Report of the Indian Hemp Drugs Commission, 1894-1895 - Volume IV
Year: 1894
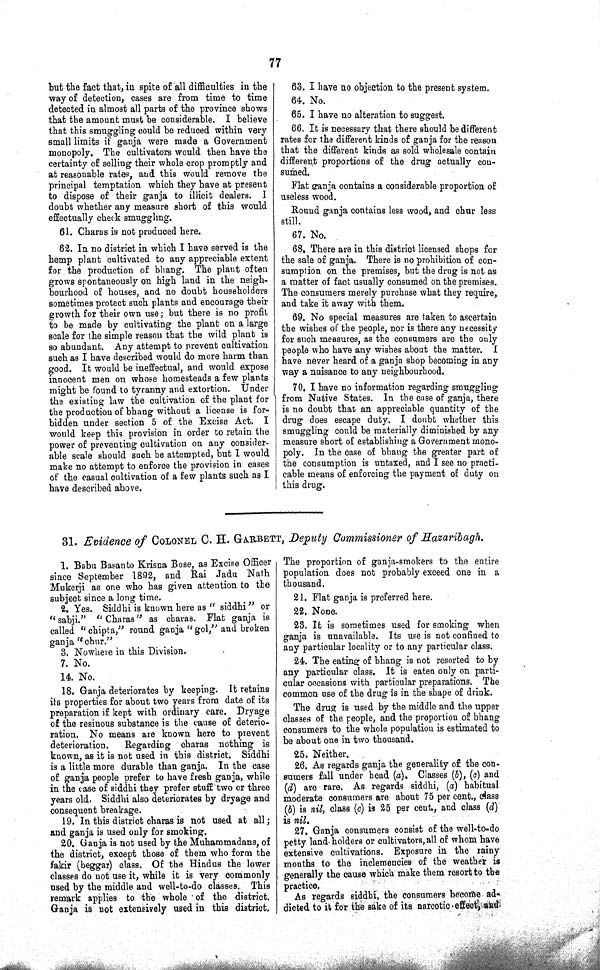
77
but the fact that, in spite of all difficulties in the
way of detection, cases are from time to time
detected in almost all parts of the province shows
that the amount must be considerable. I believe
that this smuggling could be reduced within very
small limits if ganja were made a Government
monopoly. The cultivators would then have the
certainty of selling their whole crop promptly and
at reasonable rates, and this would remove the
principal temptation which they have at present
to dispose of their ganja to illicit dealers. I
doubt whether any measure short of this would
effectually check smuggling.
61. Charas is not produced here.
62. In no district in which I have served is the
hemp plant cultivated to any appreciable extent
for the production of bhang. The plant often
grows spontaneously on high land in the neigh¬
bourhood of houses, and no doubt householders
sometimes protect such plants and encourage their
growth for their own use; but there is no profit
to be made by cultivating the plant on a large
scale for the simple reason that the wild plant is
so abundant. Any attempt to prevent cultivation
such as I have described would do more harm than
good. It would be ineffectual, and would expose
innocent men on whose homesteads a few plants
might be found to tyranny and extortion. Under
the existing law the cultivation of the plant for
the production of bhang without a license is for¬
bidden under section 5 of the Excise Act. I
would keep this provision in order to retain the
power of preventing cultivation on any consider¬
able scale should such be attempted, but I would
make no attempt to enforce the provision in cases
of the casual cultivation of a few plants such as I
have described above.
63. I have no objection to the present system.
64. No.
65. I have no alteration to suggest.
66. It is necessary that there should be different
rates for the different kinds of ganja for the reason
that the different kinds as sold wholesale contain
different proportions of the drug actually con¬
sumed.
Flat ganja contains a considerable proportion of
useless wood.
Round ganja contains less wood, and chur less
still.
67. No.
68. There are in this district licensed shops for
the sale of ganja. There is no prohibition of con¬
sumption on the premises, but the drug is not as
a matter of fact usually consumed on the premises.
The consumers merely purchase what they require,
and take it away with them.
69. No special measures are taken to ascertain
the wishes of the people, nor is there any necessity
for such measures, as the consumers are the only
people who have any wishes about the matter. I
have never heard of a ganja shop becoming in any
way a nuisance to any neighbourhood.
70. I have no information regarding smuggling
from Native States. In the case of ganja, there
is no doubt that an appreciable quantity of the
drug does escape duty. I doubt whether this
smuggling could be materially diminished by any
measure short of establishing a Government mono-
poly. In the case of bhang the greater part of
the consumption is untaxed, and I see no practi¬
cable means of enforcing the payment of duty on
this drug.
31. Evidence of COLONEL C. H. GARBETT, Deputy Commissioner of Hazaribagh.
1. Babu Basanto Krisna Bose, as Excise Officer
since September 1892, and Rai Jadu Nath
Mukerji as one who has given attention to the
subject since a long time.
2. Yes. Siddhi is known here as "siddhi" or
"sabji." "Charas" as charas. Flat ganja is
called "chipta," round ganja "gol," and broken
ganja "chur."
3. Nowhere in this Division.
7. No.
14. No.
18. Ganja deteriorates by keeping. It retains
its properties for about two years from date of its
preparation if kept with ordinary care. Dryage
of the resinous substance is the cause of deterio¬
ration. No means are known here to prevent
deterioration. Regarding charas nothing is
known, as it is not used in this district. Siddhi
is a little more durable than ganja. In the case
of ganja people prefer to have fresh ganja, while
in the case of siddhi they prefer stuff two or three
years old. Siddhi also deteriorates by dryage and
consequent breakage.
19. In this district charas is not used at all;
and ganja is used only for smoking.
20. Ganja is not used by the Muhammadans, of
the district, except those of them who form the
fakir (beggar) class. Of the Hindus the lower
classes do not use it, while it is very commonly
used by the middle and well-to-do classes. This
remark applies to the whole of the district.
Ganja is not extensively used in this district.
The proportion of ganja-smokers to the entire
population does not probably exceed one in a
thousand.
21. Flat ganja is preferred here.
22. None.
23. It is sometimes used for smoking when
ganja is unavailable. Its use is not confined to
any particular locality or to any particular class.
24. The eating of bhang is not resorted to by
any particular class. It is eaten only on parti¬
cular occasions with particular preparations. The
common use of the drug is in the shape of drink.
The drug is used by the middle and the upper
classes of the people, and the proportion of bhang
consumers to the whole population is estimated to
be about one in two thousand.
25. Neither.
26. As regards ganja the generality of the con¬
sumers fall under head (a). Classes (b), (c) and
(d) are rare. As regards siddhi, (a) habitual
moderate consumers are about 75 per cent., cl ass
(b) is nil, class (c) is 25 per cent., and class (d)
is nil.
27. Ganja consumers consist of the well-to-do
petty land holders or cultivators, all of whom have
extensive cultivations. Exposure in the rainy
months to the inclemencies of the weather is
generally the cause which make them resort to the
practice.
As regards sidhhi, the consumers become ad-
dicted to it for the sake of its narcotic effect, and